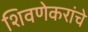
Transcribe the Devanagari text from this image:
शिवणेकरांचे